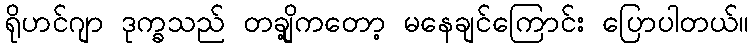
ရိုဟင်ဂျာ ဒုက္ခသည် တချို့ကတော့ မနေချင်ကြောင်း ပြောပါတယ်။